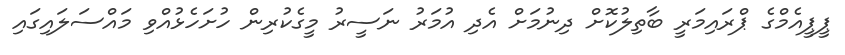
ޕީޕީއެމްގެ ޕްރައިމަރީ ބާތިލުކޮށް ދިނުމަށް އެދި އުމަރު ނަސީރު މީގެކުރިން ހުށަހެޅުއްވި މައްސަލައިގައި